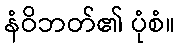
နံဝိဘတ်၏ ပုံစံ။